Indian journal of veterinary science and animal husbandry - Volume 12,
Year: 1942
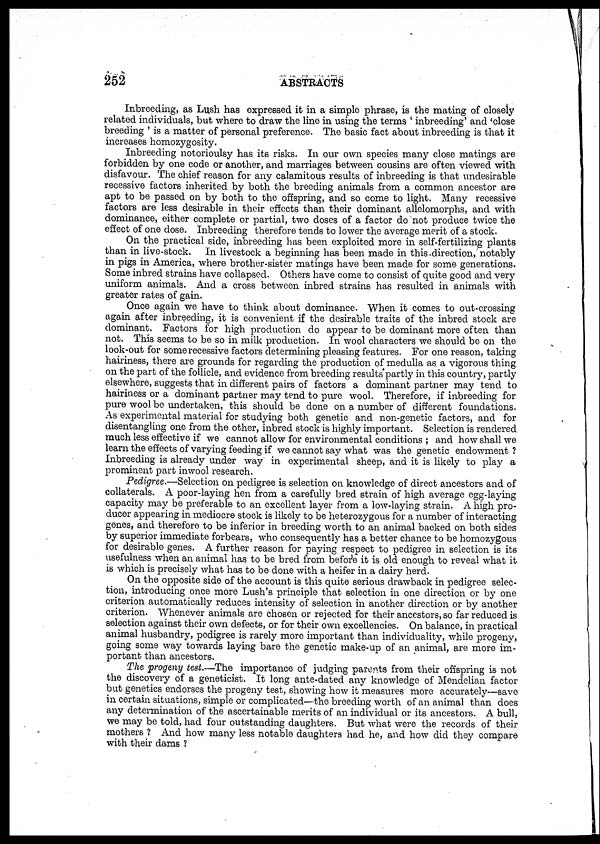
252
ABSTRACTS
Inbreeding, as Lush has expressed it in a simple phrase, is the mating of closely
related individuals, but where to draw the line in using the terms ' inbreeding' and 'close
breeding ' is a matter of personal preference. The basic fact about inbreeding is that it
increases homozygosity.
Inbreeding notorioulsy has its risks. In our own species many close matings are
forbidden by one code or another, and marriages between cousins are often viewed with
disfavour. The chief reason for any calamitous results of inbreeding is that undesirable
recessive factors inherited by both the breeding animals from a common ancestor are
apt to be passed on by both to the offspring, and so come to light. Many recessive
factors are less desirable in their effects than their dominant allelomorphs, and with
dominance, either complete or partial, two doses of a factor do not produce twice the
effect of one dose. Inbreeding therefore tends to lower the average merit of a stock.
On the practical side, inbreeding has been exploited more in self-fertilizing plants
than in live-stock. In livestock a beginning has been made in this direction, notably
in pigs in America, where brother-sister matings have been made for some generations.
Some inbred strains have collapsed. Others have come to consist of quite good and very
uniform animals. And a cross between inbred strains has resulted in animals with
greater rates of gain.
Once again we have to think about dominance. When it comes to out-crossing
again after inbreeding, it is convenient if the desirable traits of the inbred stock are
dominant. Factors for high production do appear to be dominant more often than
not. This seems to be so in milk production. In wool characters we should be on the
look-out for some recessive factors determining pleasing features. For one reason, taking
hairiness, there are grounds for regarding the production of medulla as a vigorous thing
on the part of the follicle, and evidence from breeding results partly in this country, partly
elsewhere, suggests that in different pairs of factors a dominant partner may tend to
hairiness or a dominant partner may tend to pure wool. Therefore, if inbreeding for
pure wool be undertaken, this should be done on a number of different foundations.
As experimental material for studying both genetic and non-genetic factors, and for
disentangling one from the other, inbred stock is highly important. Selection is rendered
much less effective if we cannot allow for environmental conditions ; and how shall we
learn the effects of varying feeding if we cannot say what was the genetic endowment ?
Inbreeding is already under way in experimental sheep, and it is likely to play a
prominent part inwool research.
Pedigree.—Selection on pedigree is selection on knowledge of direct ancestors and of
collaterals. A poor-laying hen from a carefully bred strain of high average egg-laying
capacity may be preferable to an excellent layer from a low-laying strain. A high pro-
ducer appearing in mediocre stock is likely to be heterozygous for a number of interacting
genes, and therefore to be inferior in breeding worth to an animal backed on both sides
by superior immediate forbears, who consequently has a better chance to be homozygous
for desirable genes. A further reason for paying respect to pedigree in selection is its
usefulness when an animal has to be bred from before it is old enough to reveal what it
is which is precisely what has to be done with a heifer in a dairy herd.
On the opposite side of the account is this quite serious drawback in pedigree selec-
tion, introducing once more Lush's principle that selection in one direction or by one
criterion automatically reduces intensity of selection in another direction or by another
criterion. Whenever animals are chosen or rejected for their ancestors, so far reduced is
selection against their own defects, or for their own excellencies. On balance, in practical
animal husbandry, pedigree is rarely more important than individuality, while progeny,
going some way towards laying bare the genetic make-up of an animal, are more im-
portant than ancestors.
The progeny test.—The importance of judging parents from their offspring is not
the discovery of a geneticist. It long ante-dated any knowledge of Mendelian factor
but genetics endorses the progeny test, showing how it measures more accurately—save
in certain situations, simple or complicated—the breeding worth of an animal than does
any determination of the ascertainable merits of an individual or its ancestors. A bull,
we may be told, had four outstanding daughters. But what were the records of their
mothers ? And how many less notable daughters had he, and how did they compare
with their dams ?